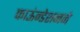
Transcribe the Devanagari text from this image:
फाऊंन्‍डेशनने